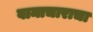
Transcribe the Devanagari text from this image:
वामाचाराचा